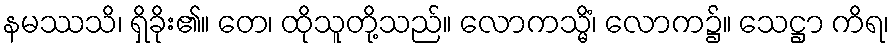
နမဿသိ၊ ရှိခိုး၏။ တေ၊ ထိုသူတို့သည်။ လောကသ္မိံ၊ လောက၌။ သေဋ္ဌာ ကိရ၊